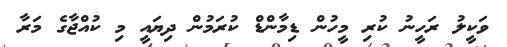
ވަކީލު ރަހީނު ކުރި މީހުން ޑިމާންޑް ކުރަމުން ދިޔައީ މި ކުއްޖާގެ މަރާ